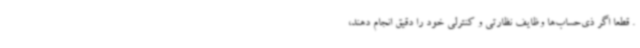
. قطعا اگر ذی‌حساب‌ها وظایف نظارتی و کنترلی خود را دقیق انجام دهند،